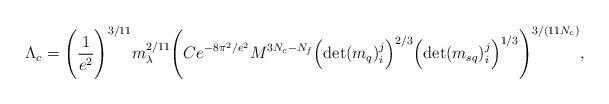
LaTeX: \begin{align*}\Lambda_c =\Bigg(\frac{1}{e^2}\Bigg)^{3/11} m_\lambda^{2/11}\Bigg(C e^{-8\pi^2/e^2} M^{3N_c-N_f}\Big(\mbox{det}(m_q)_i^j\Big)^{2/3}\Big(\mbox{det}(m_{sq})_i^j\Big)^{1/3}\Bigg)^{3/(11 N_c)},\end{align*}